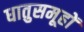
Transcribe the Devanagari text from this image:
धातुसमूहों